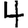
Digit: 4